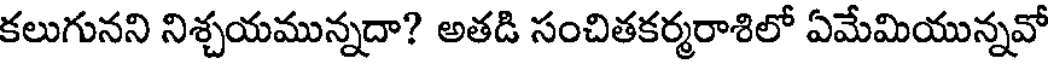
కలుగునని నిశ్చయమున్నదా? అతడి సంచితకర్మరాశిలో ఏమేమియున్నవో